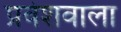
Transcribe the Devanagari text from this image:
प्रवेशवाला